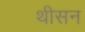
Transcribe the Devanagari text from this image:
थीसन